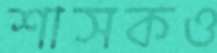
শাসকও